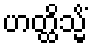
ဟတ္ထိသ္မိံ